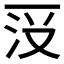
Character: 𱍗